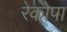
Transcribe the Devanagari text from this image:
रेकोपा